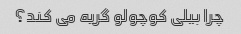
چرا بیلی کوچولو گریه می کند؟